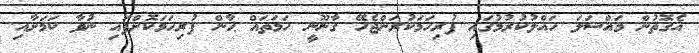
އެގޮތުން މައްސަލަ ހައްލުކުރުމުގައި ފުރިހަމަކުރަންޖެހޭ ގާނޫނީ ހަމަތައް ޙާން ފުރިހަމަކޮށްފައި ނުވާ ކަމަށާއި